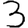
Digit: 3